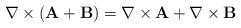
LaTeX: \begin{align*}\nabla\times\left(\mathbf{A}+\mathbf{B}\right)=\nabla\times\mathbf{A}+\nabla\times\mathbf{B}\end{align*}